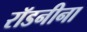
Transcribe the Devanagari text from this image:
रॉडनीना